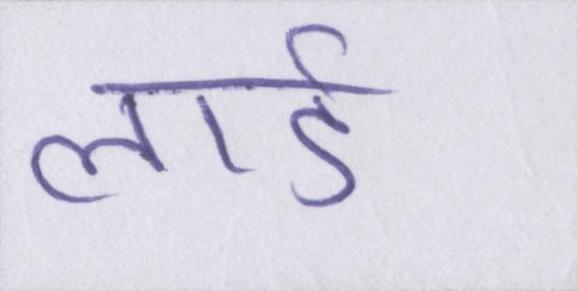
लार्ड